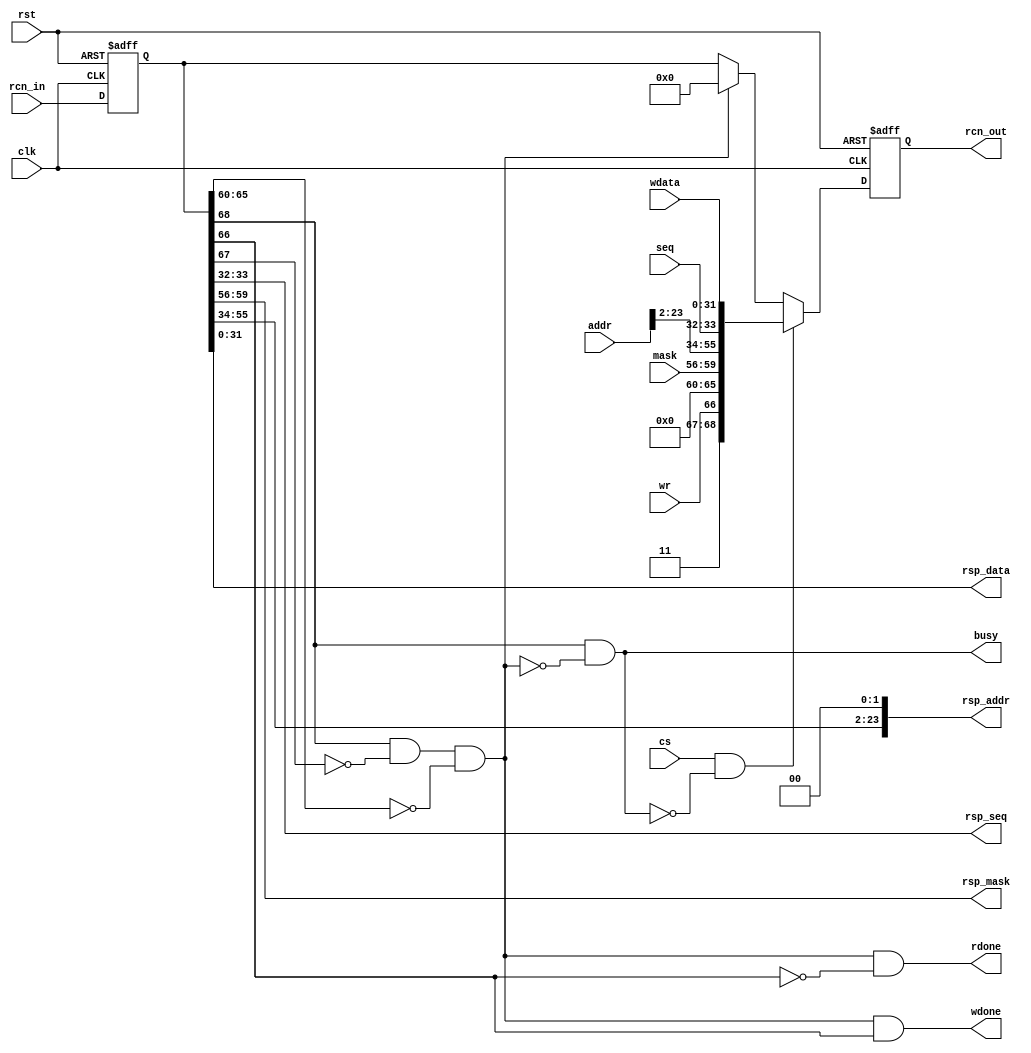
module rcn_master
(
    input rst,
    input clk,

    input [68:0] rcn_in,
    output [68:0] rcn_out,

    input cs,
    input [1:0] seq,
    output busy,
    input wr,
    input [3:0] mask,
    input [23:0] addr,
    input [31:0] wdata,

    output rdone,
    output wdone,
    output [1:0] rsp_seq,
    output [3:0] rsp_mask,
    output [23:0] rsp_addr,
    output [31:0] rsp_data
);
    parameter MASTER_ID = 0;

    reg [68:0] rin;
    reg [68:0] rout;

    assign rcn_out = rout;

    wire [5:0] my_id = MASTER_ID;

    wire my_resp = rin[68] && !rin[67] && (rin[65:60] == my_id);

    wire req_valid;
    wire [68:0] req;

    always @ (posedge clk or posedge rst)
        if (rst)
        begin
            rin <= 69'd0;
            rout <= 69'd0;
        end
        else
        begin
            rin <= rcn_in;
            rout <= (req_valid) ? req : (my_resp) ? 69'd0 : rin;
        end

    assign busy = rin[68] && !my_resp;
    assign req_valid = cs && !(rin[68] && !my_resp);
    assign req = {1'b1, 1'b1, wr, my_id, mask, addr[23:2], seq, wdata};

    assign rdone = my_resp && !rin[66];
    assign wdone = my_resp && rin[66];
    assign rsp_seq = rin[33:32];
    assign rsp_mask = rin[59:56];
    assign rsp_addr = {rin[55:34], 2'd0};
    assign rsp_data = rin[31:0];

endmodule